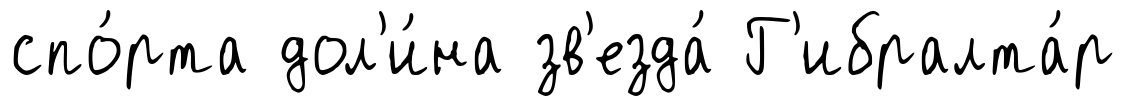
спо́рта дол'и́на зв'езда́ Г'ибралта́р